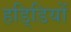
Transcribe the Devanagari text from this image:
हडि्डियों